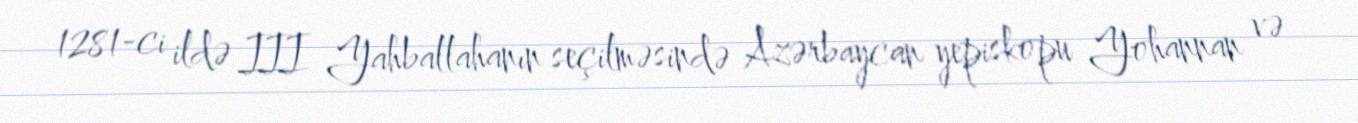
1281-ci ildə III Yahballahanın seçilməsində Azərbaycan yepiskopu Yohannan və